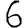
Digit: 6